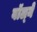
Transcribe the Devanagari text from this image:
वॉल्ने